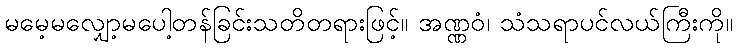
မမေ့မလျှော့မပေါ့တန်ခြင်းသတိတရားဖြင့်။ အဏ္ဏဝံ၊ သံသရာပင်လယ်ကြီးကို။